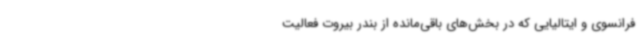
فرانسوی و ایتالیایی که در بخش‌های باقی‌مانده از بندر بیروت فعالیت